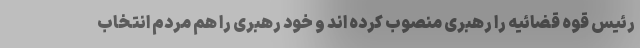
رئیس قوه قضائیه را رهبری منصوب کرده اند و خود رهبری را هم مردم انتخاب